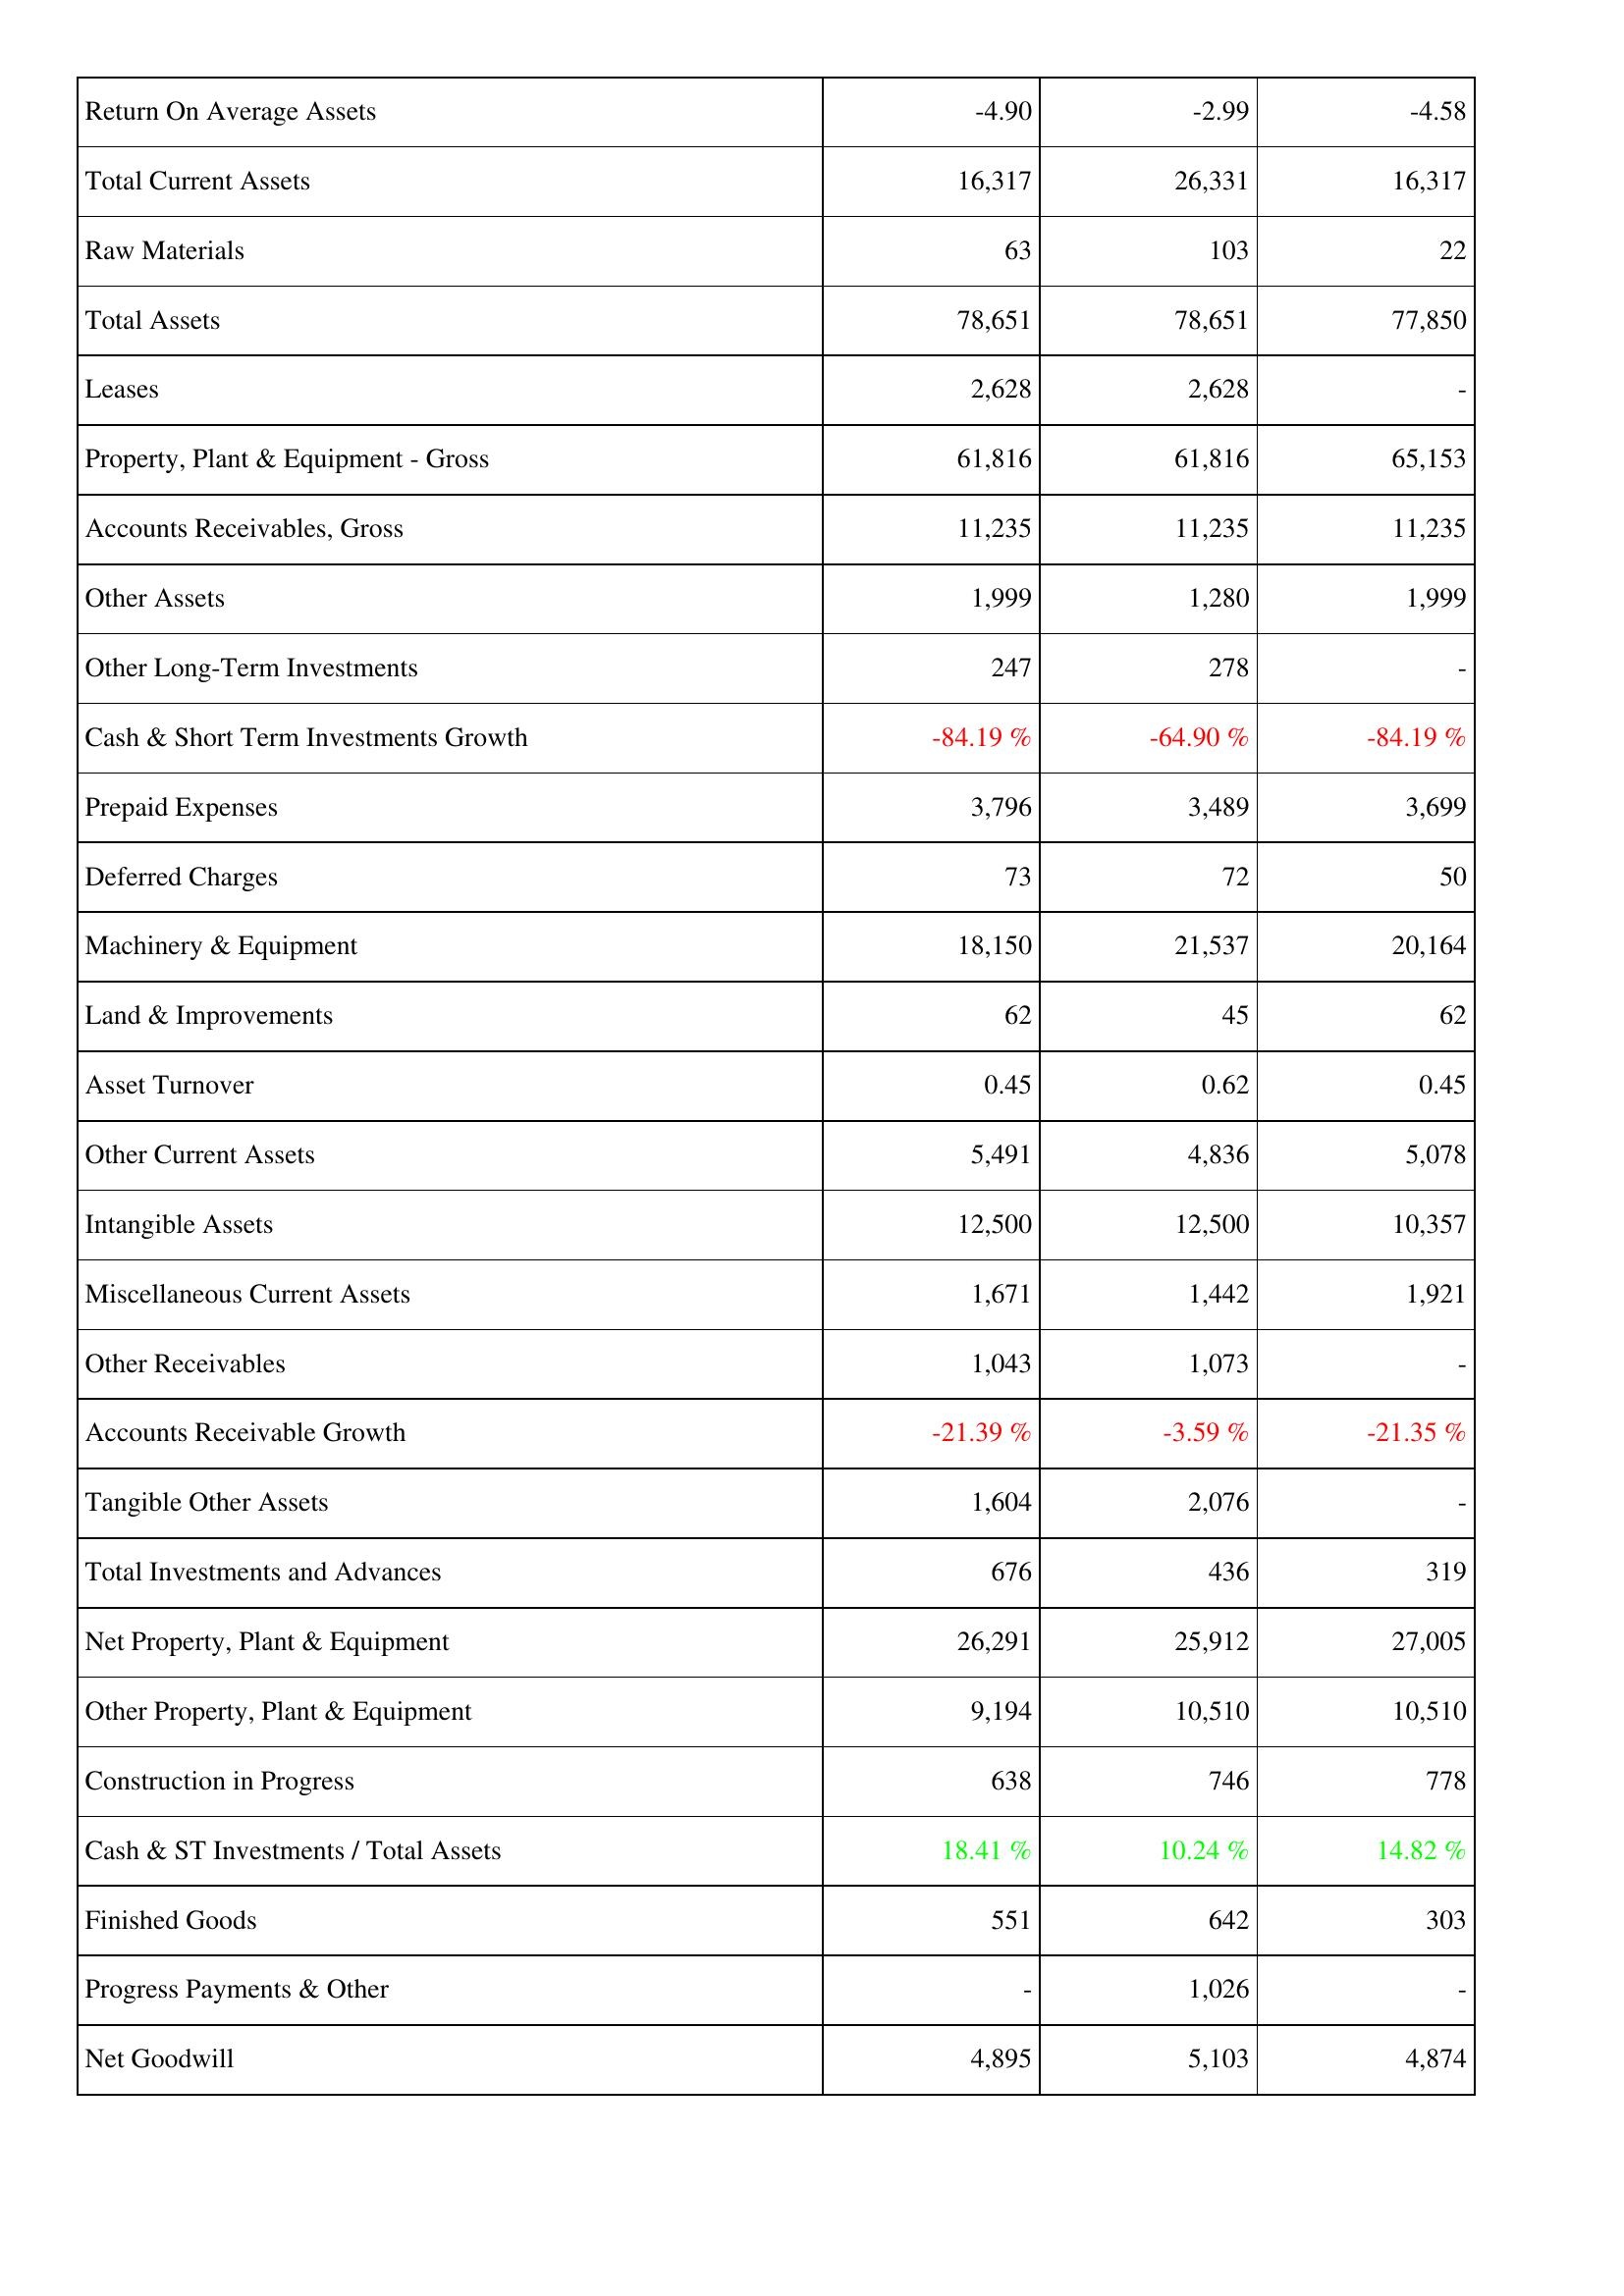
2015: Assets: Return On Average Assets: -4.90
Total Current Assets: 16,317
Raw Materials: 63
Total Assets: 78,651
Leases: 2,628
Property, Plant & Equipment - Gross: 61,816
Accounts Receivables, Gross: 11,235
Other Assets: 1,999
Other Long-Term Investments: 247
Cash & Short Term Investments Growth: -84.19 %
Prepaid Expenses: 3,796
Deferred Charges: 73
Machinery & Equipment: 18,150
Land & Improvements: 62
Asset Turnover: 0.45
Other Current Assets: 5,491
Intangible Assets: 12,500
Miscellaneous Current Assets: 1,671
Other Receivables: 1,043
Accounts Receivable Growth: -21.39 %
Tangible Other Assets: 1,604
Total Investments and Advances: 676
Net Property, Plant & Equipment: 26,291
Other Property, Plant & Equipment: 9,194
Construction in Progress: 638
Cash & ST Investments / Total Assets: 18.41 %
Finished Goods: 551
Progress Payments & Other: -
Net Goodwill: 4,895
2016: Assets: Return On Average Assets: -2.99
Total Current Assets: 26,331
Raw Materials: 103
Total Assets: 78,651
Leases: 2,628
Property, Plant & Equipment - Gross: 61,816
Accounts Receivables, Gross: 11,235
Other Assets: 1,280
Other Long-Term Investments: 278
Cash & Short Term Investments Growth: -64.90 %
Prepaid Expenses: 3,489
Deferred Charges: 72
Machinery & Equipment: 21,537
Land & Improvements: 45
Asset Turnover: 0.62
Other Current Assets: 4,836
Intangible Assets: 12,500
Miscellaneous Current Assets: 1,442
Other Receivables: 1,073
Accounts Receivable Growth: -3.59 %
Tangible Other Assets: 2,076
Total Investments and Advances: 436
Net Property, Plant & Equipment: 25,912
Other Property, Plant & Equipment: 10,510
Construction in Progress: 746
Cash & ST Investments / Total Assets: 10.24 %
Finished Goods: 642
Progress Payments & Other: 1,026
Net Goodwill: 5,103
2017: Assets: Return On Average Assets: -4.58
Total Current Assets: 16,317
Raw Materials: 22
Total Assets: 77,850
Leases: -
Property, Plant & Equipment - Gross: 65,153
Accounts Receivables, Gross: 11,235
Other Assets: 1,999
Other Long-Term Investments: -
Cash & Short Term Investments Growth: -84.19 %
Prepaid Expenses: 3,699
Deferred Charges: 50
Machinery & Equipment: 20,164
Land & Improvements: 62
Asset Turnover: 0.45
Other Current Assets: 5,078
Intangible Assets: 10,357
Miscellaneous Current Assets: 1,921
Other Receivables: -
Accounts Receivable Growth: -21.35 %
Tangible Other Assets: -
Total Investments and Advances: 319
Net Property, Plant & Equipment: 27,005
Other Property, Plant & Equipment: 10,510
Construction in Progress: 778
Cash & ST Investments / Total Assets: 14.82 %
Finished Goods: 303
Progress Payments & Other: -
Net Goodwill: 4,874